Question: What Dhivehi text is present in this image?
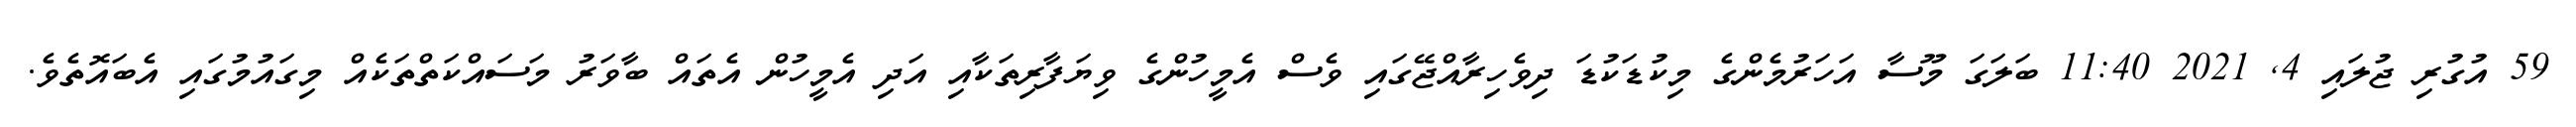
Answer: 59 އުގުރި ޖުލައި 4, 2021 11:40 ބަލަގަ މޫސާ އަހަރުމެންގެ މިކުޑަކުޑަ ދިވެހިރާއްޖޭގައި ވެސް އެމީހުންގެ ވިޔަފާރިތަކާއި އަދި އެމީހުން އެތައް ބާވަރު މަސައްކަތްތަކެއް މިގައުމުގައި އެބައޮތެވެ.